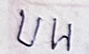
บน